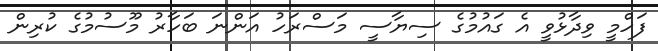
ފަހްމީ ވިދާޅުވީ އެ ގައުމުގެ ސިޔާސީ މަސްރަހު އަންނަ ބަހާރު މޫސުމުގެ ކުރިން